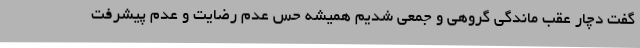
گفت دچار عقب ماندگی گروهی و جمعی شدیم همیشه حس عدم رضایت و عدم پیشرفت